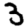
Digit: 3